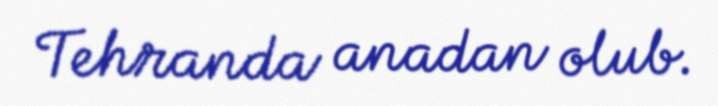
Tehranda anadan olub.